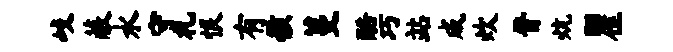
歧蔽水守札恨有骸蔓酷巧站成炊晋炕瞿